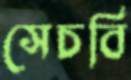
সেচবি